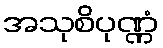
အသုစိပုဏ္ဏံ